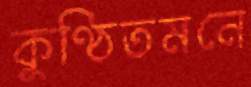
কুণ্ঠিতমনে